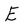
Character: E